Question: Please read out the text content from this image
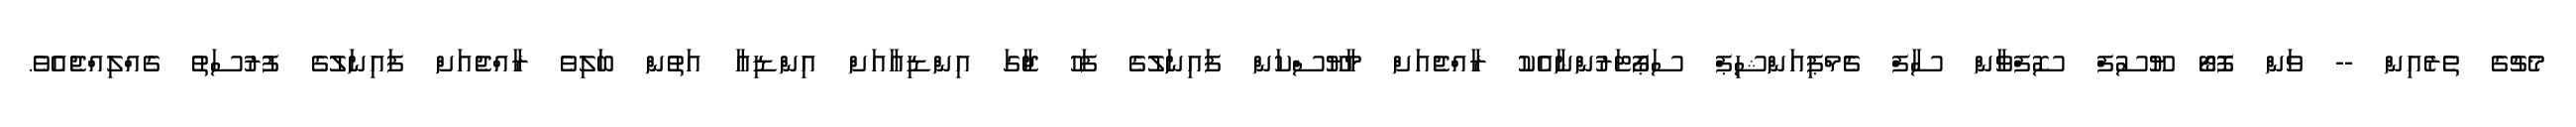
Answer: މެޗުގެ ތެރެއިން -- ވަން ފޮޓޯ ޔޫސުފް ސޮފްވާން ސާފް ޗެމްޕިއަންޝިޕް ސަޕޯޓަރުންނާއެކު ރާއްޖެއަށް މާޔޫސްކަން ފައިނަލުގެ ފަހު ޖާގަ އިންޑިއާއަށް އިންޑިއާ އަތުން ބަލިވެ ރާއްޖެއަށް ފައިނަލުގެ ފުރުސަތު ގެއްލިއްޖެއެވެ.